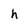
Character: h